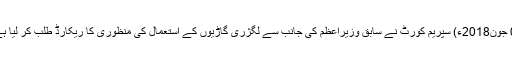
01 جون2018ء) سپریم کورٹ نے سابق وزیراعظم کی جانب سے لگژری گاڑیوں کے استعمال کی منظوری کا ریکارڈ طلب کر لیا ہے ۔